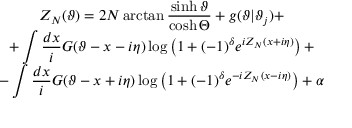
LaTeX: \begin{array} { c } { { Z _ { N } ( \vartheta ) = 2 N \arctan \displaystyle \frac { \sinh \vartheta } { \cosh \Theta } + g ( \vartheta | \vartheta _ { j } ) + } } \\ { { + \displaystyle \int \displaystyle \frac { d x } { i } G ( \vartheta - x - i \eta ) \log \left( 1 + ( - 1 ) ^ { \delta } e ^ { i Z _ { N } ( x + i \eta ) } \right) + } } \\ { { - \displaystyle \int \displaystyle \frac { d x } { i } G ( \vartheta - x + i \eta ) \log \left( 1 + ( - 1 ) ^ { \delta } e ^ { - i Z _ { N } ( x - i \eta ) } \right) + \alpha } } \end{array}